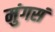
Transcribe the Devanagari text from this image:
मुंगसं